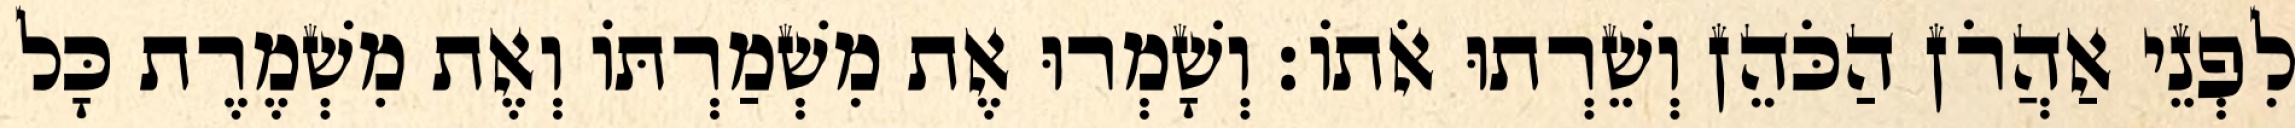
לִפְנֵי אַהֲרֹן הַכֹּהֵן וְשֵׁרְתוּ אֹתוֹ׃ וְשָׁמְרוּ אֶת מִשְׁמַרְתּוֹ וְאֶת מִשְׁמֶרֶת כָּל